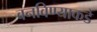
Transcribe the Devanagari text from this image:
बनविण्याकडे